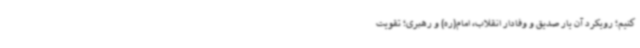
کنیم؛ رویکرد آن یار صدیق و وفادار انقلاب، امام(ره) و رهبری؛ تقویت